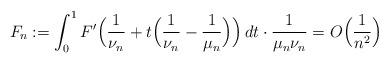
LaTeX: \begin{align*}F_n:= \int_0^1F'\Big(\frac{1}{\nu_n}+t\Big(\frac{1}{\nu_n}-\frac{1}{\mu_n}\Big)\Big)\,dt\cdot \frac{1}{\mu_n\nu_n}= O\Big(\frac{1}{n^2}\Big)\end{align*}